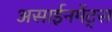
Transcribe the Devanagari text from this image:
असाईनमेंट्स